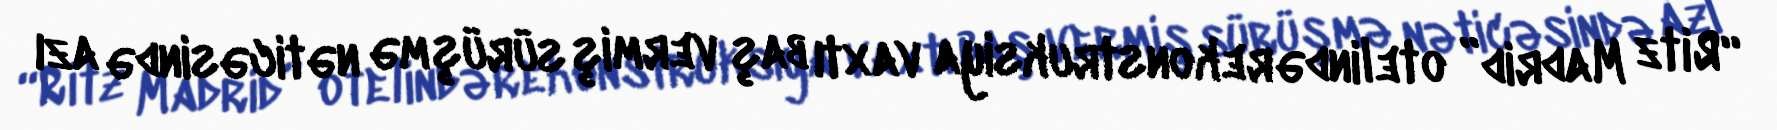
“Ritz Madrid” otelində rekonstruksiya vaxtı baş vermiş sürüşmə nəticəsində azı